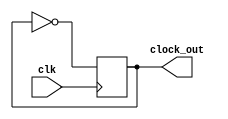
module clock_and_mem_clock(clk, clock_out);
	input clk;
	output clock_out;
	reg clock_out;
	
	initial
	begin 
		clock_out = 0;
	end

	always @(posedge clk)
	begin
		clock_out = ~clock_out;
	end
endmodule